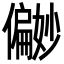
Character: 𪝹